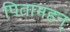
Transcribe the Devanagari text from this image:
पितामहन्